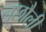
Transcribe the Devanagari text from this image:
नछौली